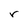
Character: r